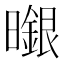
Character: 𭨆